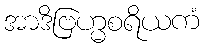
အာဒိဗြဟ္မစရိယကံ